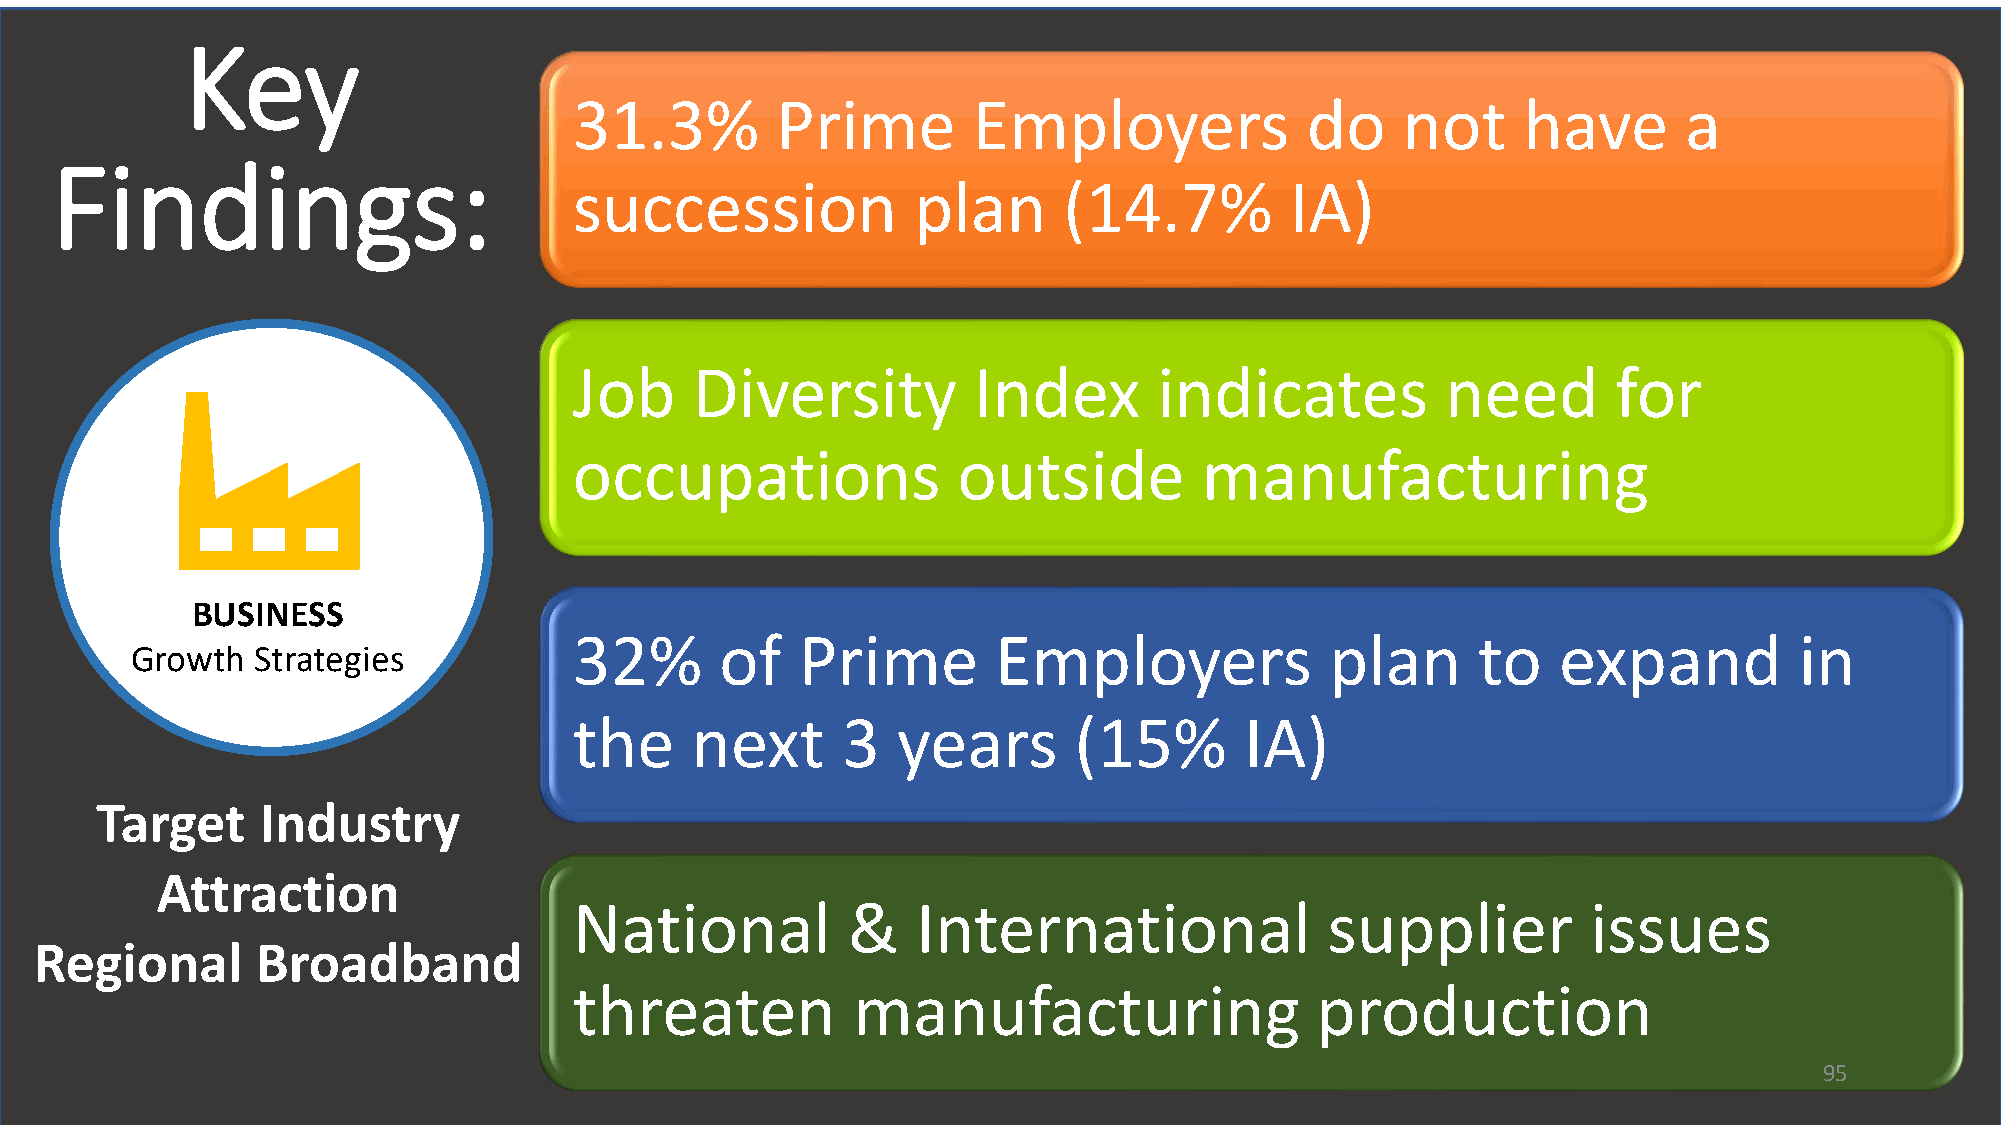
Key
 31.3%        Prime        Employers             do     not     have       a
 Findings:
 succession            plan      (14.7%         IA)
 Job     Diversity         Index        indicates          need       for
 occupations              outside          manufacturing
 BUSINESS
 32%       of   Prime        Employers             plan      to   expand          in
 Growth  Strategies
 the     next      3  years       (15%       IA)
 Target     Industry
 Attraction
 National          &    International              supplier         issues
 Regional       Broadband
 threaten          manufacturing                  production
 95